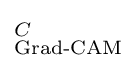
_{\text{Grad-CAM}}^{C}